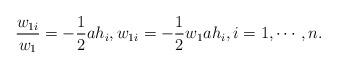
LaTeX: \begin{align*}\frac{{w_{1i} }}{{w_1 }} = - \frac{1}{2}ah_{i}, w_{1i} = - \frac{1}{2}w_1 ah_{i}, i=1, \cdots, n.\end{align*}